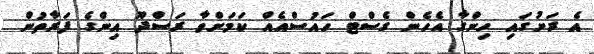
އެ ރަށުގައި ހިންގާ އެހެން ގެސްޓް ހައުސްއެއް ކަމަށްވާ ރަސްދޫ އިންގެ ފަރާތުން